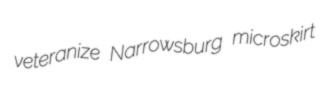
veteranize Narrowsburg microskirt